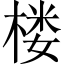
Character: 楼